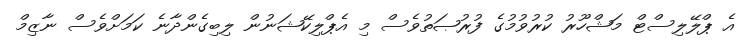
އެ ޕްލޭލިސްޓް މަޝްހޫރު ކުރުވުމުގެ ފުރުޞަތުވެސް މި އެޕްލިކޭޝަނުން ލިބިގެންދާނެ ކަމަށްވެސް ނާޒިމް